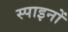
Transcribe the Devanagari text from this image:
स्पाइनों